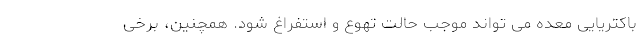
باکتریایی معده می تواند موجب حالت تهوع و استفراغ شود. همچنین، برخی